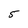
Character: 5